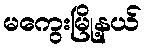
မကွေးမြို့နယ်